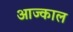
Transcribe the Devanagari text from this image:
आज्काल